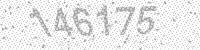
Solution: 146175